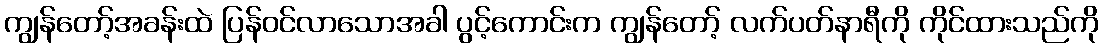
ကျွန်တော့်အခန်းထဲ ပြန်ဝင်လာသောအခါ ပွင့်ကောင်းက ကျွန်တော့် လက်ပတ်နာရီကို ကိုင်ထားသည်ကို